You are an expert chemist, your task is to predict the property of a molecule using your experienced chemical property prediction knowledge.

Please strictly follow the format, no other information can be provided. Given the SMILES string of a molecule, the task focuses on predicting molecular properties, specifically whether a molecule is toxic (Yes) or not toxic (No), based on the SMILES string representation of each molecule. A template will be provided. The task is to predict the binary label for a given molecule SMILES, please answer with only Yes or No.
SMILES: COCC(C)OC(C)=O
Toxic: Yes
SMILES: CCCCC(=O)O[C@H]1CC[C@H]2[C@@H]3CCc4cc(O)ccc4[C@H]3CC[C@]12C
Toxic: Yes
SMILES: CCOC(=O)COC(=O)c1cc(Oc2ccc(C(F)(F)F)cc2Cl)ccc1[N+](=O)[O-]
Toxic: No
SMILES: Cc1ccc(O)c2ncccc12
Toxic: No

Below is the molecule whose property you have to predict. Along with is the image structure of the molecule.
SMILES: CCOCCOCCOC(C)=O
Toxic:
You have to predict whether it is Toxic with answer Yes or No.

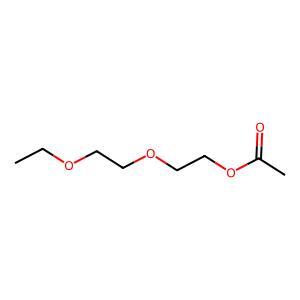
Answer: No